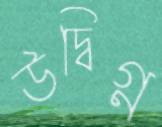
উদ্বিগ্ন